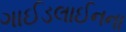
ગાઈડલાઈનના